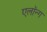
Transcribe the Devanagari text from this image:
एलॉन्ग